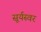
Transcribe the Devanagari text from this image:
सूर्यस्वर